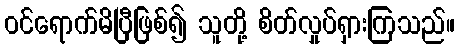
ဝင်ရောက်မိပြီဖြစ်၍ သူတို့ စိတ်လှုပ်ရှားကြသည်။